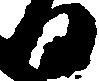
日